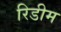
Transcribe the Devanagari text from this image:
रिडीम